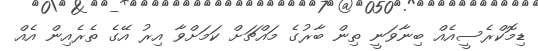
ޑިމޮކްރެސީއެއް ބިނާވަނީ ތިން ބާރުގެ މައްޗަށް ކަމަށްވާ އިރު އޭގެ ތެރެއިން އެއް